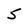
Character: 5